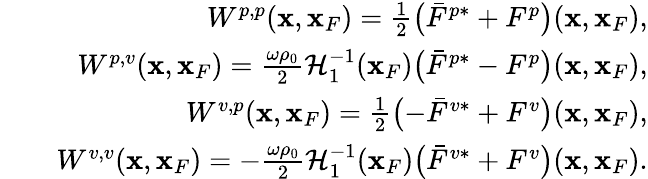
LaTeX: \begin{array}{rlr}&{}&{W^{p,p}({\mathbf x},{\mathbf x}_{F})=\frac{1}{2}\bigl(\bar{F}^{p*}+F^{p}\bigr)({\mathbf x},{\mathbf x}_{F}),}\\ &{}&{W^{p,v}({\mathbf x},{\mathbf x}_{F})=\frac{\omega\rho_{0}}{2}{\cal H}_{1}^{-1}({\mathbf x}_{F})\bigl(\bar{F}^{p*}-F^{p}\bigr)({\mathbf x},{\mathbf x}_{F}),}\\ &{}&{W^{v,p}({\mathbf x},{\mathbf x}_{F})=\frac{1}{2}\bigl(-\bar{F}^{v*}+F^{v}\bigr)({\mathbf x},{\mathbf x}_{F}),}\\ &{}&{W^{v,v}({\mathbf x},{\mathbf x}_{F})=-\frac{\omega\rho_{0}}{2}{\cal H}_{1}^{-1}({\mathbf x}_{F})\bigl(\bar{F}^{v*}+F^{v}\bigr)({\mathbf x},{\mathbf x}_{F}).}\end{array}